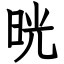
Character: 晄